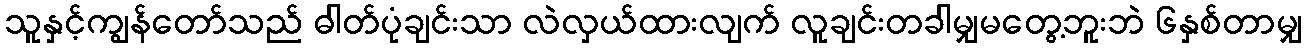
သူနှင့်ကျွန်တော်သည် ဓါတ်ပုံချင်းသာ လဲလှယ်ထားလျက် လူချင်းတခါမျှမတွေ့ဘူးဘဲ ၆နှစ်တာမျှ